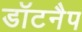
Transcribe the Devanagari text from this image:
डॉटनैप